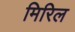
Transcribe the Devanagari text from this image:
मिरिल